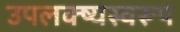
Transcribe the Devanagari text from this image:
उपलक्ष्यस्वरूप